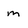
Character: m